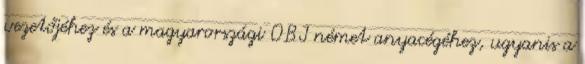
vezetőjéhez és a magyarországi OBI német anyacégéhez, ugyanis a